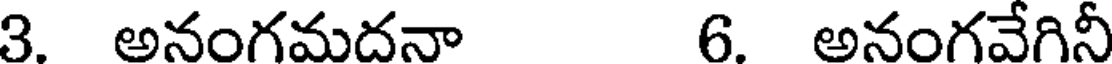
3. అనంగమదనా 6. అనంగవేగినీ